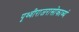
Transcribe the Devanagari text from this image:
पृथ्वीराजरासोकाव्यं